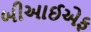
બીઆઈએફ